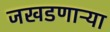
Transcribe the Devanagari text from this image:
जखडणाऱ्या